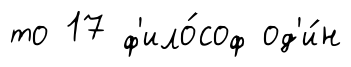
то 17 ф'ило́соф од'и́н